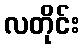
လတိုင်း